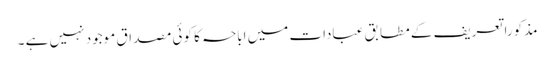
مذکورا تعریف کے مطابق عبادات میں اباحہ کا کوئی مصداق موجود نہیں ہے ۔